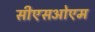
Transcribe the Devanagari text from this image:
सीएसओएम